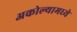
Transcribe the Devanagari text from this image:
अकोल्यामध्ये